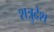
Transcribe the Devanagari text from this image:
शत्रुदेश